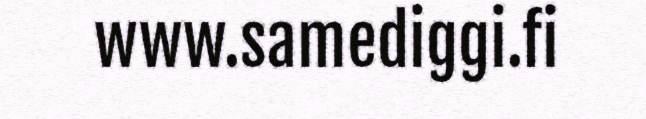
www.samediggi.fi